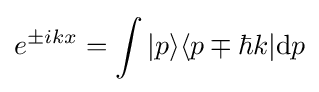
e^{\pm ikx}=\int |p\rangle \langle p\mp \hbar k|\mathrm {d} p